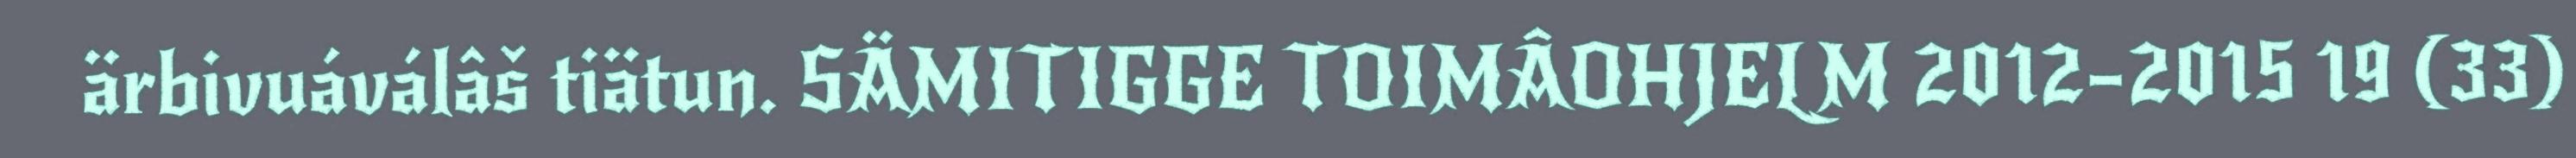
ärbivuáválâš tiätun. SÄMITIGGE TOIMÂOHJELM 2012–2015 19 (33)